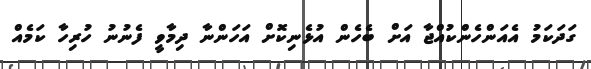
ގަދަކަމު އެއަންހެންކުއްޖާ އަށް ބެހެންް އުޅެނިކޮށް އަހަންނާ ދިމާވީ ފެނުނު ހުރިހާ ކަމެއް